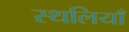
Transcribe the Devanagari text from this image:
स्थलियाँ